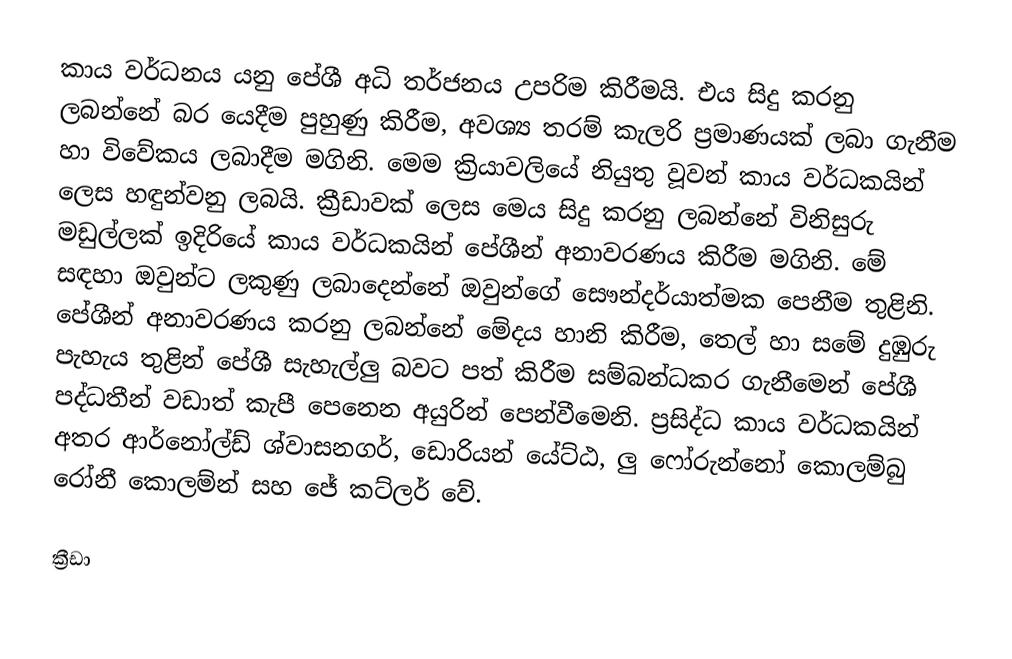
කාය වර්ධනය යනු පේශී අධි තර්ජනය උපරිම කිරීමයි. එය සිදු කරනු ලබන්නේ බර යෙදීම පුහුණු කිරීම, අවශ්‍ය තරම් කැලරි ප්‍රමාණයක් ලබා ගැනීම හා විවේකය ලබාදීම මගිනි. මෙම ක්‍රියාවලියේ නියුතු වූවන් කාය වර්ධකයින් ලෙස හඳුන්වනු ලබයි. ක්‍රීඩාවක් ලෙස මෙය සිදු කරනු ලබන්නේ විනිසුරු මඩුල්ලක් ඉදිරියේ කාය වර්ධකයින් පේශීන් අනාවරණය කිරීම මගිනි. මේ සඳහා ඔවුන්ට ලකුණු ලබාදෙන්නේ ඔවුන්ගේ සෞන්දර්යාත්මක පෙනීම තුළිනි. පේශීන් අනාවරණය කරනු ලබන්නේ මේදය හානි කිරීම, තෙල් හා සමේ දුඹුරු පැහැය තුළින් පේශී සැහැල්ලු බවට පත් කිරීම සම්බන්ධකර ගැනීමෙන් පේශී පද්ධතීන් වඩාත් කැපී පෙනෙන අයුරින් පෙන්වීමෙනි. ප්‍රසිද්ධ කාය වර්ධකයින් අතර ආර්නෝල්ඩ් ශ්වාසනගර්, ඩොරියන් යේට්ඨ, ලු ෆෝරුන්නෝ කොලම්බු රෝනී කොලම්න් සහ ජේ කට්ලර් වේ.

ක්‍රීඩා